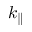
k _ { \parallel }